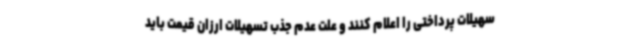
سهیلات پرداختی را اعلام کنند و علت عدم جذب تسهیلات ارزان قیمت باید